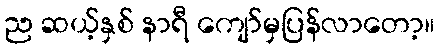
ည ဆယ့်နှစ် နာရီ ကျော်မှပြန်လာတော့။